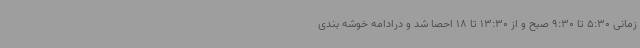
زمانی 5:30 تا 9:30 صبح و از 13:30 تا 18 احصا شد و درادامه خوشه بندی